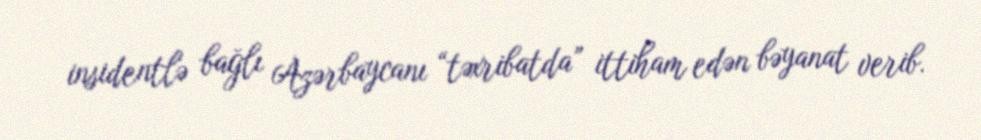
insidentlə bağlı Azərbaycanı “təxribatda” ittiham edən bəyanat verib.